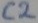
Text: C2